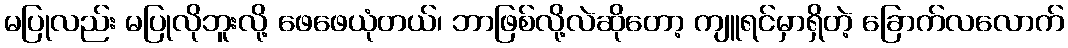
မပြုလည်း မပြုလိုဘူးလို့ ဖေဖေယုံတယ်၊ ဘာဖြစ်လို့လဲဆိုတော့ ကျူရင်မှာရှိတဲ့ ခြောက်လလောက်